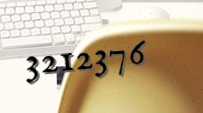
3212376